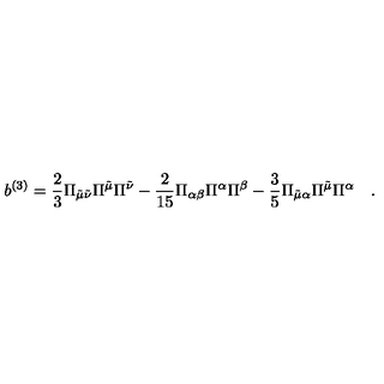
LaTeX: b ^ { ( 3 ) } = \frac { 2 } { 3 } \Pi _ { \tilde { \mu } \tilde { \nu } } \Pi ^ { \tilde { \mu } } \Pi ^ { \tilde { \nu } } - \frac { 2 } { 1 5 } \Pi _ { \alpha \beta } \Pi ^ { \alpha } \Pi ^ { \beta } - \frac { 3 } { 5 } \Pi _ { \tilde { \mu } \alpha } \Pi ^ { \tilde { \mu } } \Pi ^ { \alpha } \quad .